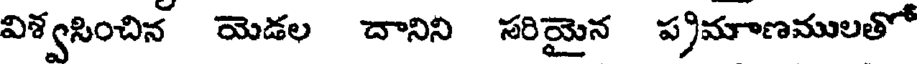
విశ్వసించిన యెడల దానిని సరియైన ప్రమాణములతో